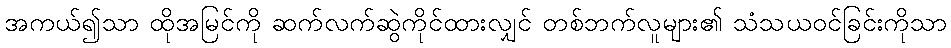
အကယ်၍သာ ထိုအမြင်ကို ဆက်လက်ဆွဲကိုင်ထားလျှင် တစ်ဘက်လူများ၏ သံသယဝင်ခြင်းကိုသာ